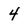
Character: 4